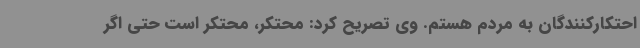
احتکارکنندگان به مردم هستم. وی تصریح کرد: محتکر، محتکر است حتی اگر